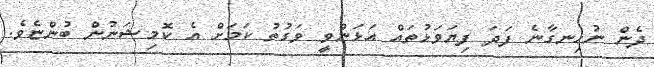
ދެން ނުހިނގާނެ ފަދަ ފިޔަވަޅުތައް އަޅަންވީ ވަގުތު ކަމަށް އެ ކޮމިޝަނުން ބުންޏެވެ.